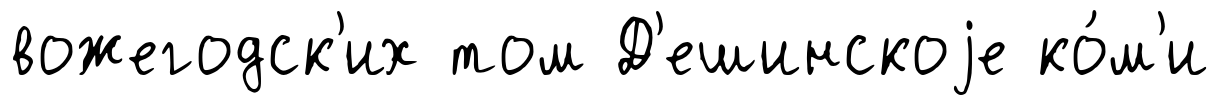
вожегодск'их том Д'ешинскоjе ко́м'и